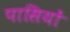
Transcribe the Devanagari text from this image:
पासियों